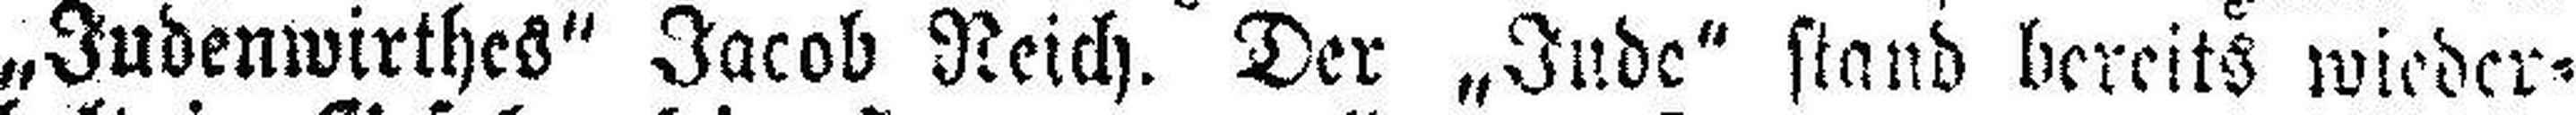
„Judenwirthes“ Jacob Reich. Der „Jude“ stand bereits wieder¬